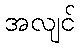
အလျင်